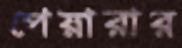
পেয়ারার